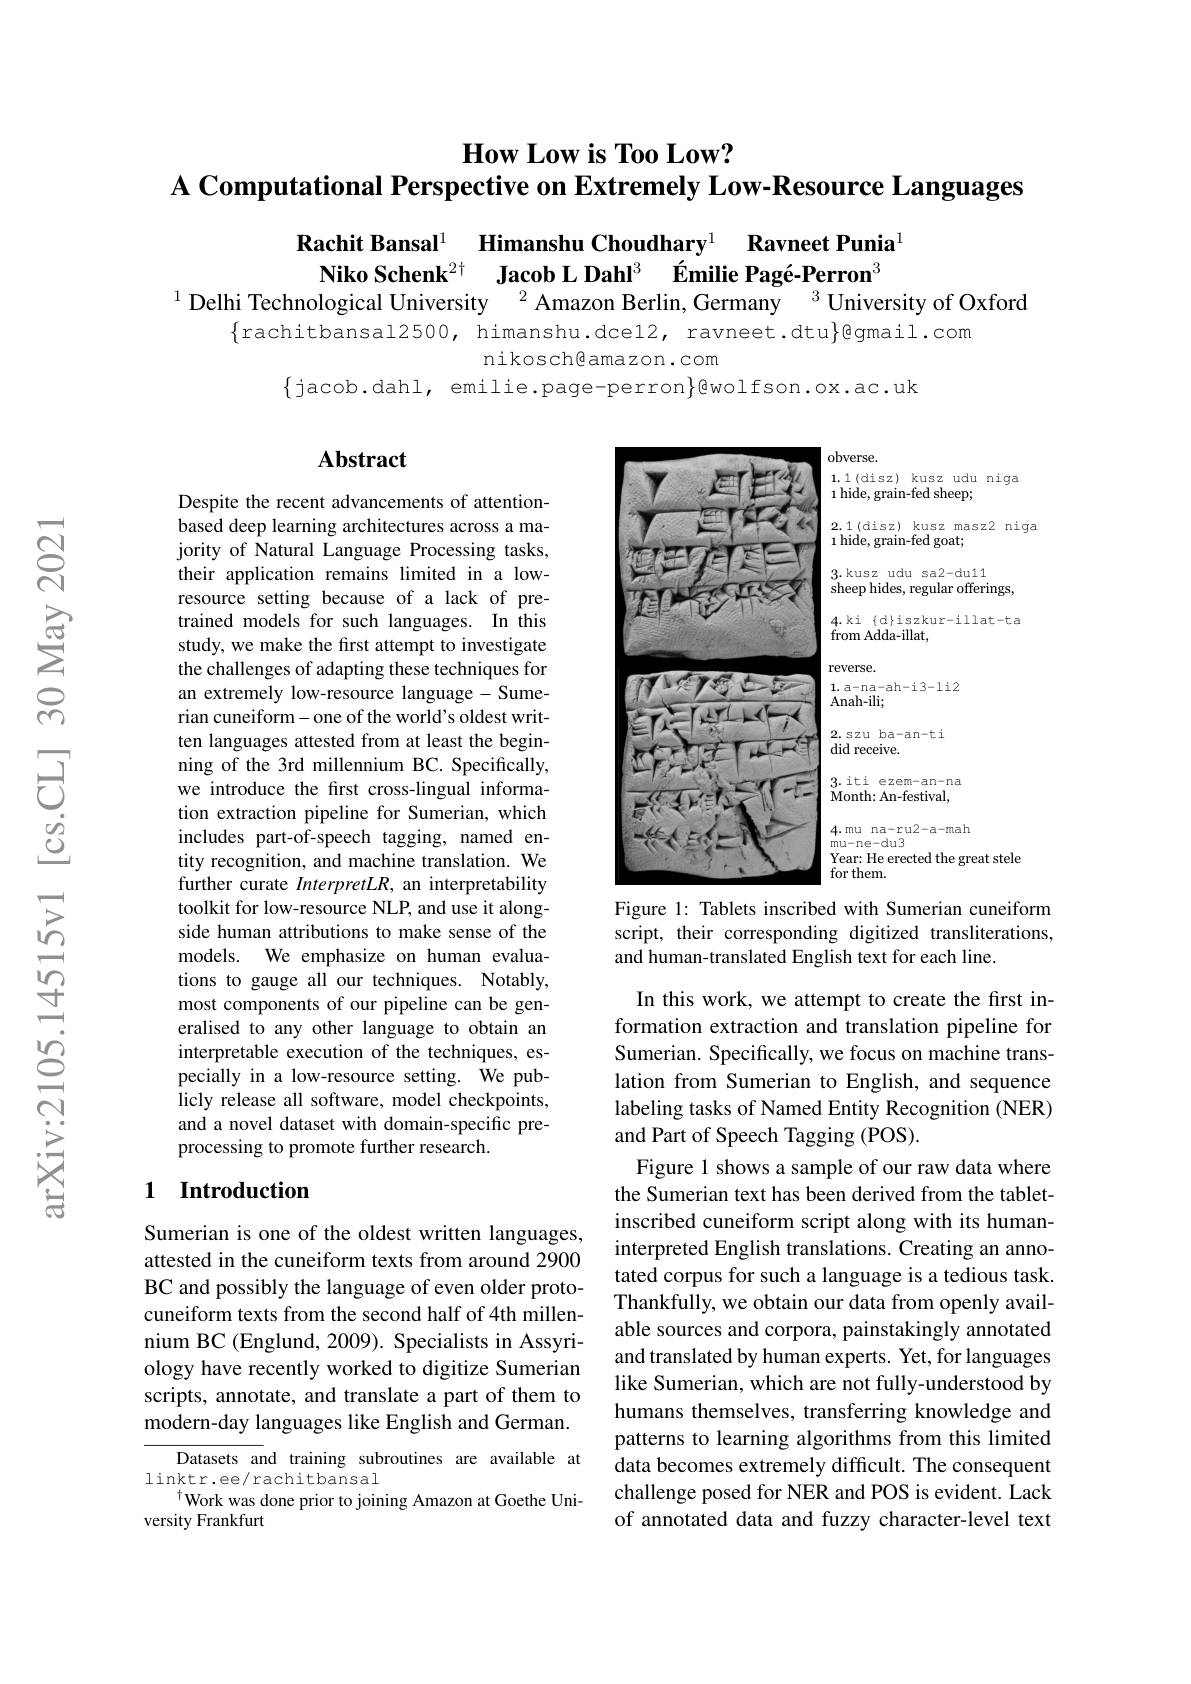
# $\textbf{How Low is Too Low? }$
A Computational Perspective on Extremely Low-Resource Languages

$\text{Rachit Bansal}^1\textbf{Himanshu Choudhary}^1\textbf{Ravneet Punia}$ $\text{Niko Schenk}^{2\dagger} \textbf{Jacob L Dahl}^3 \text{Émilie Pagé-Perron}^3$
$^{1}$ Delhi Technological University$^{2}$ Amazon Berlin, Germany$^{3}$University of Oxford

$\{$rachitbansal2500, himanshu.dce12, ravneet.dtu$\}$@gmail.com
nikosch@amazon.com
$\{$jacob.dahl, emilie.page-perron$\}$@wolfson.ox.ac.uk

### $\mathbf{Abstract}$

<FigureHere>
Figure 1: Tablets inscribed with Sumerian cuneiform

Despite the recent advancements of attentionbased deep learning architectures across a majority of Natural Language Processing tasks, their application remains limited in a lowresource setting because of a lack of pretrained models for such languages. In this study, we make the first attempt to investigate the challenges of adapting these techniques for an extremely low-resource language- Sumerian cuneiform-one of the world's oldest written languages attested from at least the beginning of the 3rd millennium BC. Specifically, we introduce the first cross-lingual information extraction pipeline for Sumerian, which includes part-of-speech tagging, named entity recognition, and machine translation. We further curate InterpretLR, an interpretability toolkit for low-resource NLP, and use it alongside human attributions to make sense of the models. We emphasize on human evaluations to gauge all our techniques. Notably, most components of our pipeline can be generalised to any other language to obtain an interpretable execution of the techniques, especially in a low-resource setting. We publicly release all software, model checkpoints, and a novel dataset with domain-specific preprocessing to promote further research.

script, their corresponding digitized transliterations,
and human-translated English text for each line.

### 1 Introduction

In this work, we attempt to create the first information extraction and translation pipeline for Sumerian. Specifically, we focus on machine translation from Sumerian to English, and sequence labeling tasks of Named Entity Recognition (NER) and Part of Speech Tagging (POS).
Figure 1 shows a sample of our raw data where the Sumerian text has been derived from the tabletinscribed cuneiform script along with its humaninterpreted English translations. Creating an annotated corpus for such a language is a tedious task. Thankfully, we obtain our data from openly available sources and corpora, painstakingly annotated and translated by human experts. Yet, for languages like Sumerian, which are not fully-understood by humans themselves, transferring knowledge and patterns to learning algorithms from this limited data becomes extremely difficult. The consequent challenge posed for NER and POS is evident. Lack of annotated data and fuzzy character-level text

Sumerian is one of the oldest written languages, attested in the cuneiform texts from around 2900 BC and possibly the language of even older protocuneiform texts from the second half of 4th millennium BC (Englund, 2009). Specialists in Assyriology have recently worked to digitize Sumerian scripts, annotate, and translate a part of them to modern-day languages like English and German.

Datasets and training subroutines are available at
linktr.ee/rachitbansal
$^{\dagger}$Work was done prior to joining Amazon at Goethe Uni-
versity Frankfurt